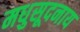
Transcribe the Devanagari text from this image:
मधुसूदनाय